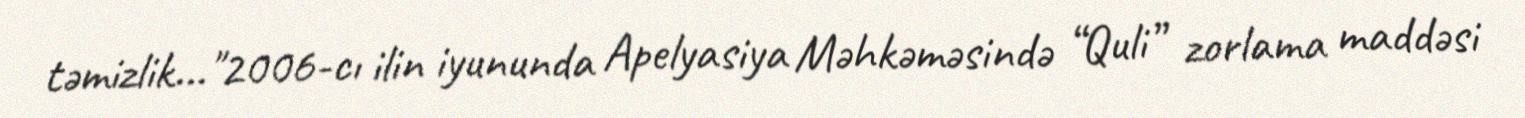
təmizlik..."2006-cı ilin iyununda Apelyasiya Məhkəməsində “Quli” zorlama maddəsi